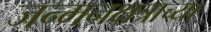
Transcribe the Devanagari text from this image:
जन्मनक्षत्राच्या